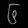
Digit: ၆